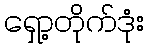
ရှော့တိုက်ဒုံး